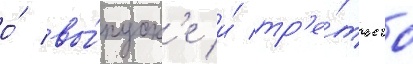
о́ вы́пуск'е и́ тр'е́тьего